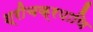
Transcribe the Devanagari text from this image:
श्रीचक्रपाणि